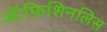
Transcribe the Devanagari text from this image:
ऑफ़िशिनलिस